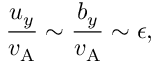
\frac { u _ { y } } { v _ { \mathrm { A } } } \sim \frac { b _ { y } } { v _ { \mathrm { A } } } \sim \epsilon ,